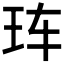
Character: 𰡰